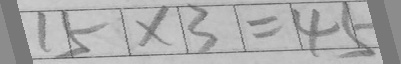
1 5 \times 3 = 4 5